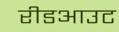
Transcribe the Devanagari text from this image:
रीडआउट